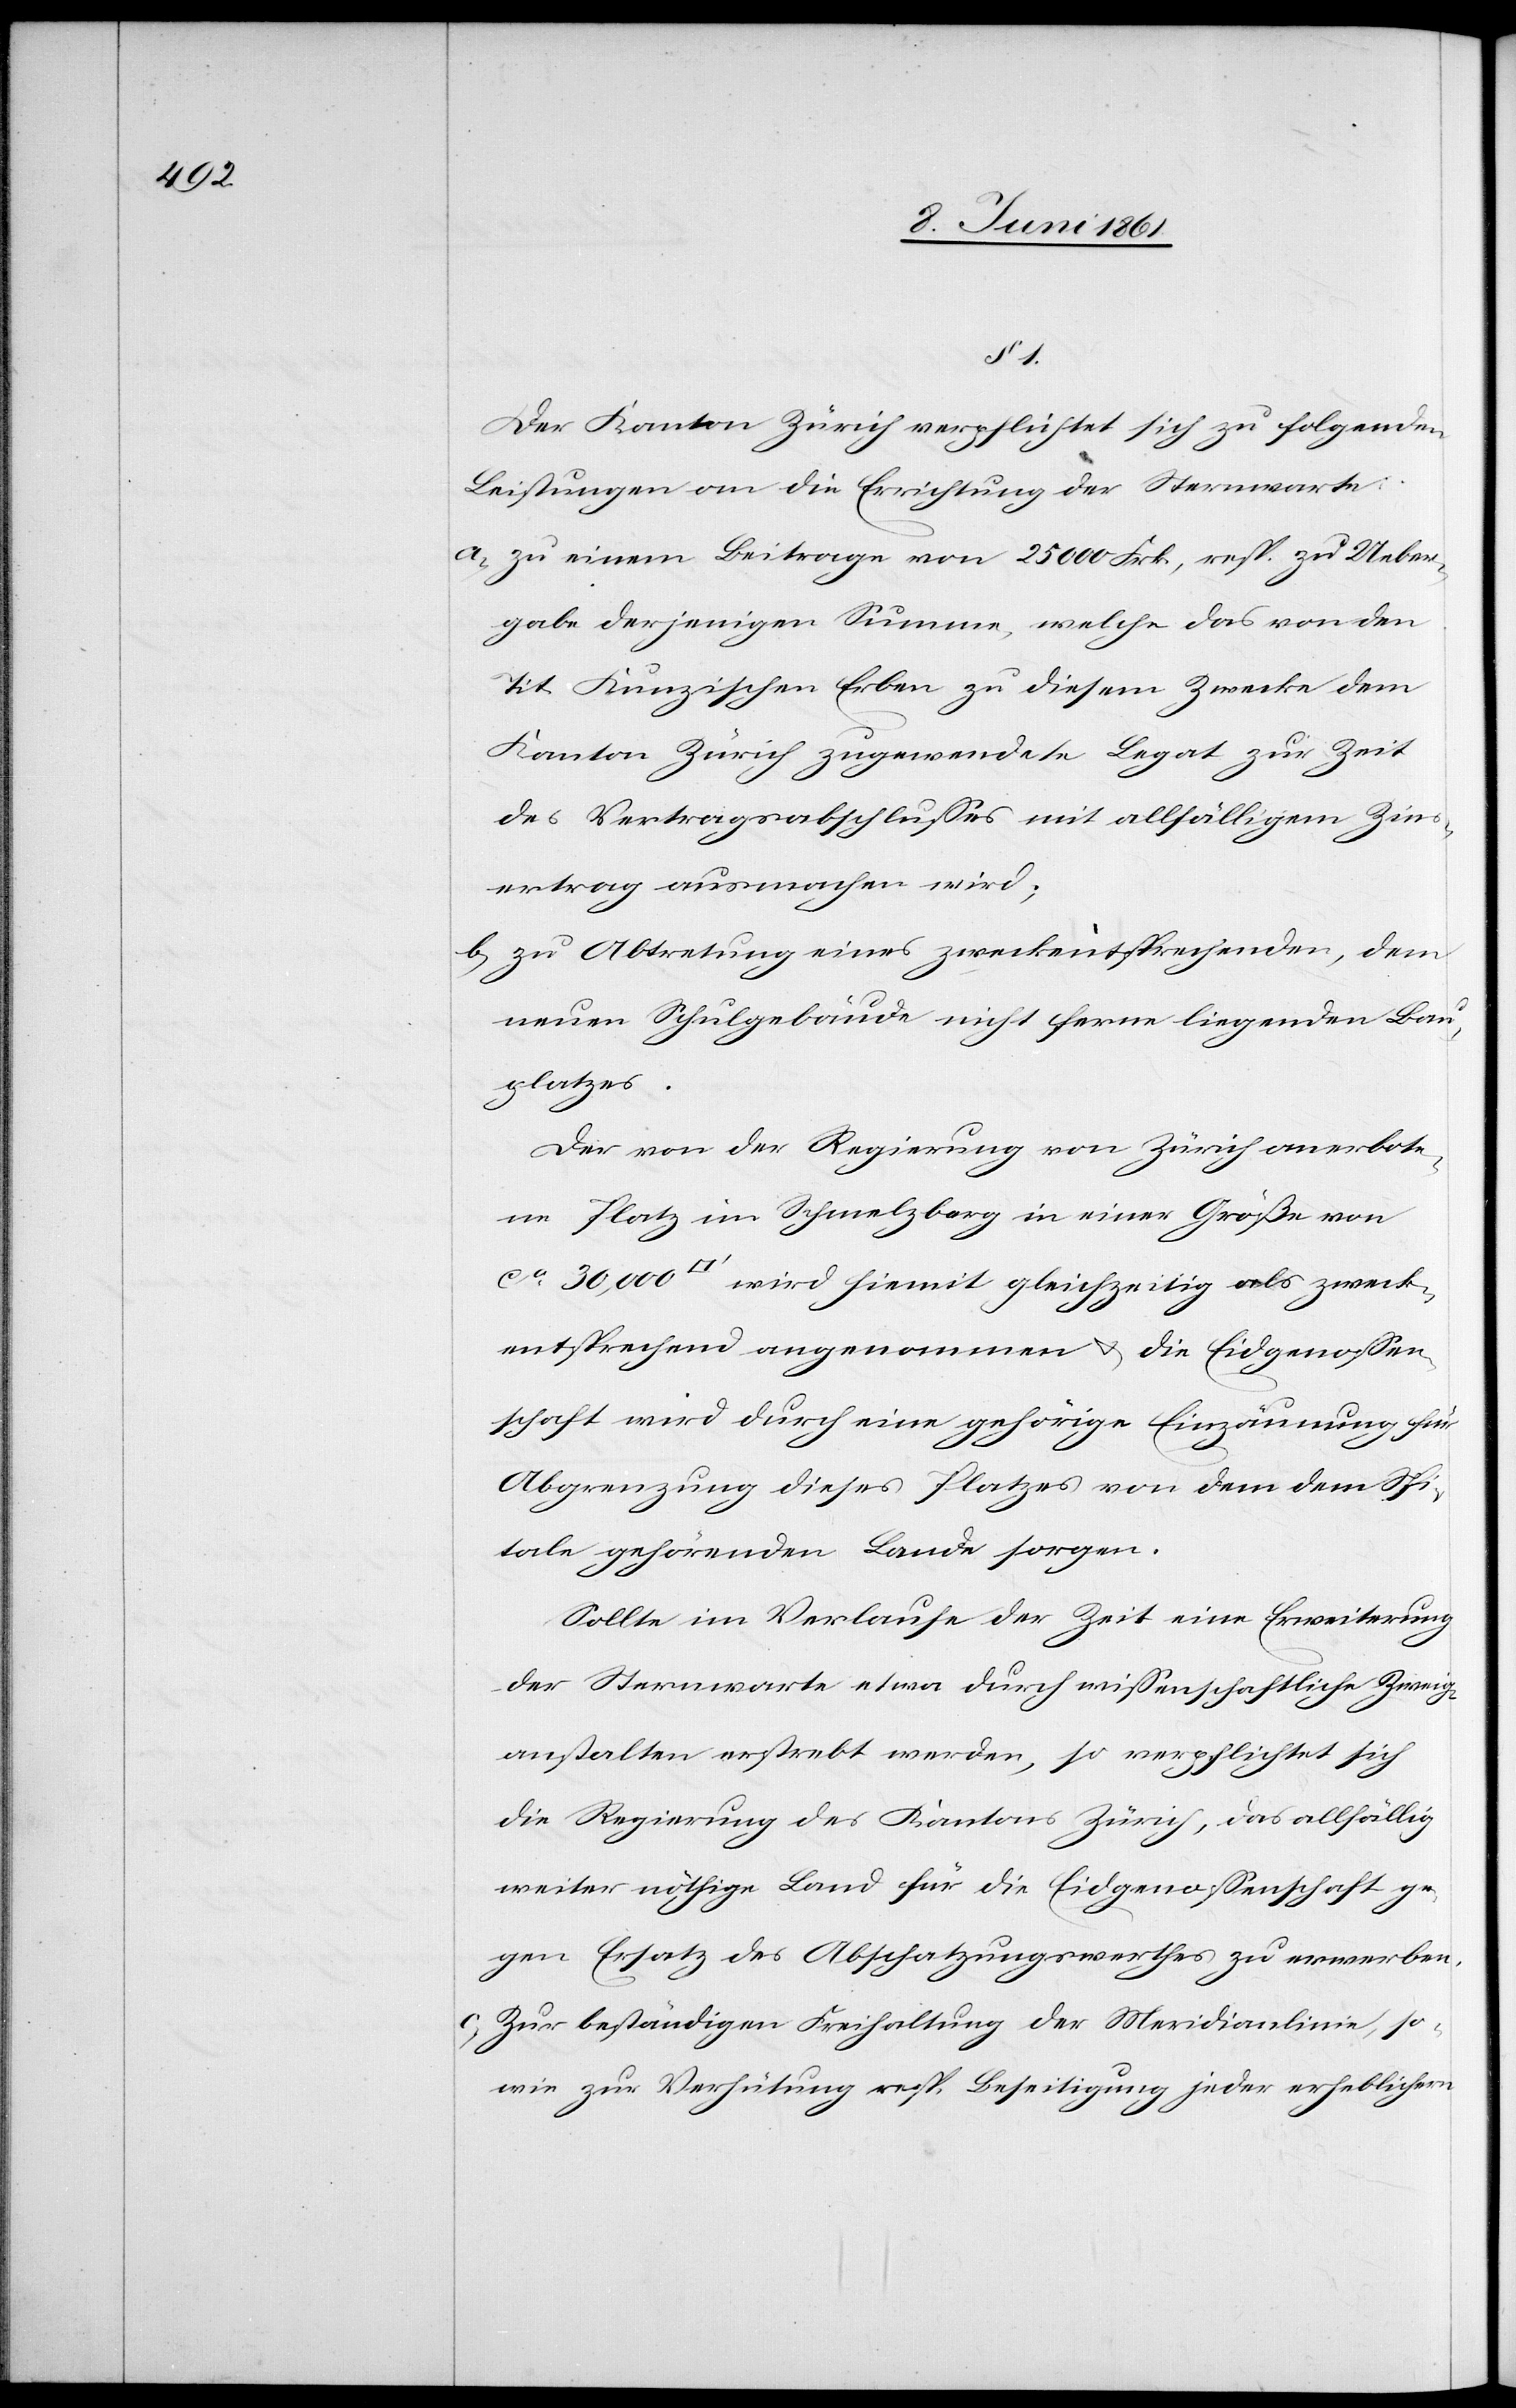
Der Kanton Zürich verpflichtet sich zu folgenden
Leistungen an die Errichtung der Sternwarte:
a) zu einem Beitrage von 25 000 Frk., resp. zu Ueber¬
gabe derjenigen Summe, welche das von den
Tit. Kunzischen Erben zu diesem Zwecke dem
Kanton Zürich zugewendete Legat zur Zeit
des Vertragsabschlusses mit allfälligem Zins¬
ertrag ausmachen wird;
b) zu Abtretung eines zweckentsprechenden, dem
neuen Schulgebäude nicht ferne liegenden Bau¬
platzes.
Der von der Regierung von Zürich anerbote¬
ne Platz im Schmelzberg in einer Größe von
ca 30,000[Quadratfuß] wird hiemit gleichzeitig als zweck¬
entsprechend angenommen u. die Eidgenossen¬
schaft wird durch eine gehörige Einzäumung für
Abgrenzung dieses Platzes von dem dem Spi¬
tale gehörenden Lande sorgen.
1.
Sollte im Verlaufe der Zeit eine Erweiterung
der Sternwarte etwa durch wissenschaftliche Zweig¬
anstalten erstrebt werden, so verpflichtet sich
die Regierung des Kantons Zürich, das allfällig
weiter nöthige Land für die Eidgenossenschaft ge¬
gen Ersatz des Abschatzungswerthes zu erwerben.
c) Zur beständigen Freihaltung der Meridianlinie, so¬
wie zur Verhütung resp. Beseitigung jeder erheblichern